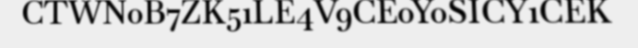
CTWN0B7ZK51LE4V9CE0Y0SICY1CEK